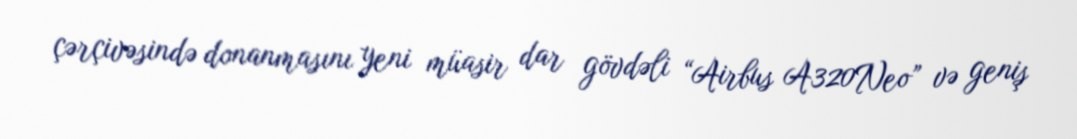
çərçivəsində donanmasını yeni müasir dar gövdəli “Airbus A320Neo” və geniş